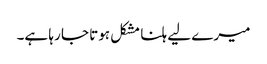
میرے لیے ہلنا مشکل ہوتا جا رہا ہے۔